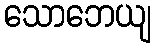
သောဘေယျ